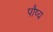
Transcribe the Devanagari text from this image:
पौष्य